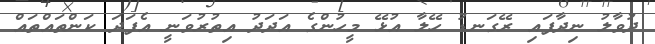
ދުވާލު ނިދާފައި ރޭގަނޑު ހޭލާ އުޅޭ މީހުންގެ އަދަދު އިތުރުވަނީ އެފަދަ ކަންތައްތައް